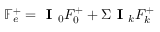
\mathbb { F } _ { e } ^ { + } = \textbf { I } _ { 0 } F _ { 0 } ^ { + } + \Sigma \textbf { I } _ { k } F _ { k } ^ { + }